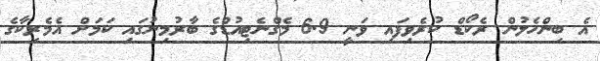
އެ ބިންހެލުން ރެކޯޑް ކުރެވިފައި ވަނީ 6.9 މެގްނެޓިއުޑްގެ ބާރުމިނުގައި ކަމަށް އެމެރިކާގެ